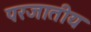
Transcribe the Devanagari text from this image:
परजातीय